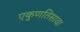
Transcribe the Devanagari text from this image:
एकुणतिसावा